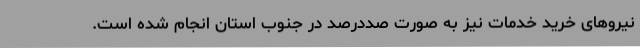
نیروهای خرید خدمات نیز به صورت صددرصد در جنوب استان انجام شده است.